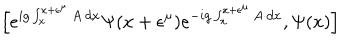
\left[ e ^ { i g \int _ { x } ^ { x + \epsilon ^ { \mu } } A \cdot d x } \Psi ( x + \epsilon ^ { \mu } ) e ^ { - i g \int _ { x } ^ { x + \epsilon ^ { \mu } } A \cdot d x } , \Psi ( x ) \right]